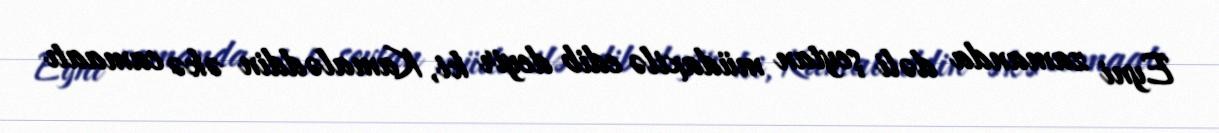
Eyni zamanda dəli şeytan müdaxilə edib deyir ki, Kamaləddin əkə camaatı